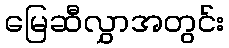
မြေဆီလွှာအတွင်း